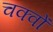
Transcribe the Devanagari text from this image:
चक्वों